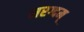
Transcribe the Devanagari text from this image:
मरग्दम्